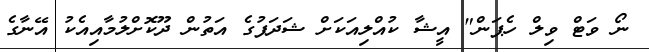
ނޯ ވަޓް ވިލް ހެޕަން" އީޝާ ކުއްލިއަކަށް ޝަދަފުގެ އަތުން ދޫކޮށްލުމާއިއެކު އޭނާގެ